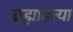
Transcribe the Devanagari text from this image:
ब्रह्माहत्या